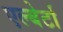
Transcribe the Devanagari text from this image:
एल्बेर्टा